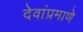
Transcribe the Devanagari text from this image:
देवांप्रमाणे